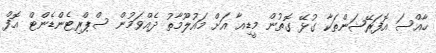
ހާއްސަ އޮފަރޭޝަންތަކާ ގުޅޭ ގޮތުން މީޑިއާ އަށް މައުލޫމާތު ދެއްވަމުން ސްޕްރިޓެންޑެންޓް އޮފް